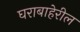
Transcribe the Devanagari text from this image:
घराबाहेरील